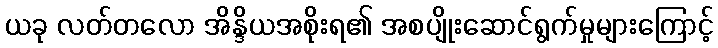
ယခု လတ်တလော အိန္ဒိယအစိုးရ၏ အစပျိုးဆောင်ရွက်မှုများကြောင့်